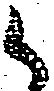
候